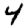
Digit: 4